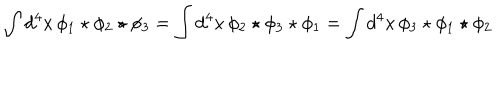
\int d ^ { 4 } x \, \phi _ { 1 } \star \phi _ { 2 } \star \phi _ { 3 } = \int d ^ { 4 } x \, \phi _ { 2 } \star \phi _ { 3 } \star \phi _ { 1 } = \int d ^ { 4 } x \, \phi _ { 3 } \star \phi _ { 1 } \star \phi _ { 2 }